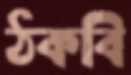
ঠকবি